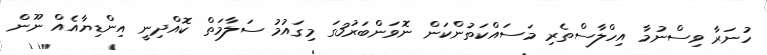
ހުނަރާ ވިސްނުމާ އިހްލާސްތެރި މަސައްކަތުންކަން ނޮވަންބަރު3ގަ މިގައުމު ސަލާމަތް ކޮއްދިނީ އިންޑިޔާއެއް ނޫން